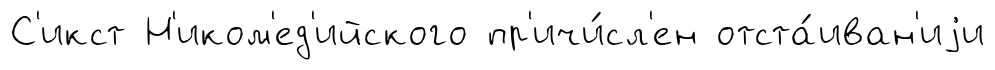
С'икст Н'иком'ед'ийского пр'ичи́сл'ен отста́иван'иjи